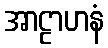
အာဠာဟနံ